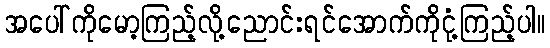
အပေါ်ကိုမော့ကြည့်လို့ညောင်းရင်အောက်ကိုငုံ့ကြည့်ပါ။